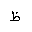
Letter: _za